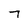
Character: 7